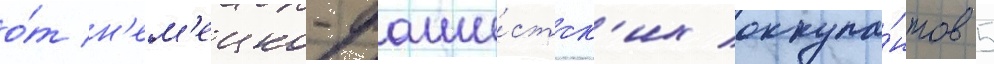
о́т н'ем'ецко-фаши́стск'их оккупа́нтов 5